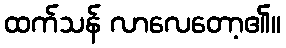
ထက်သန် လာလေတော့၏။